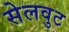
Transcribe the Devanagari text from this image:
सेलवुट